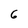
Character: 6